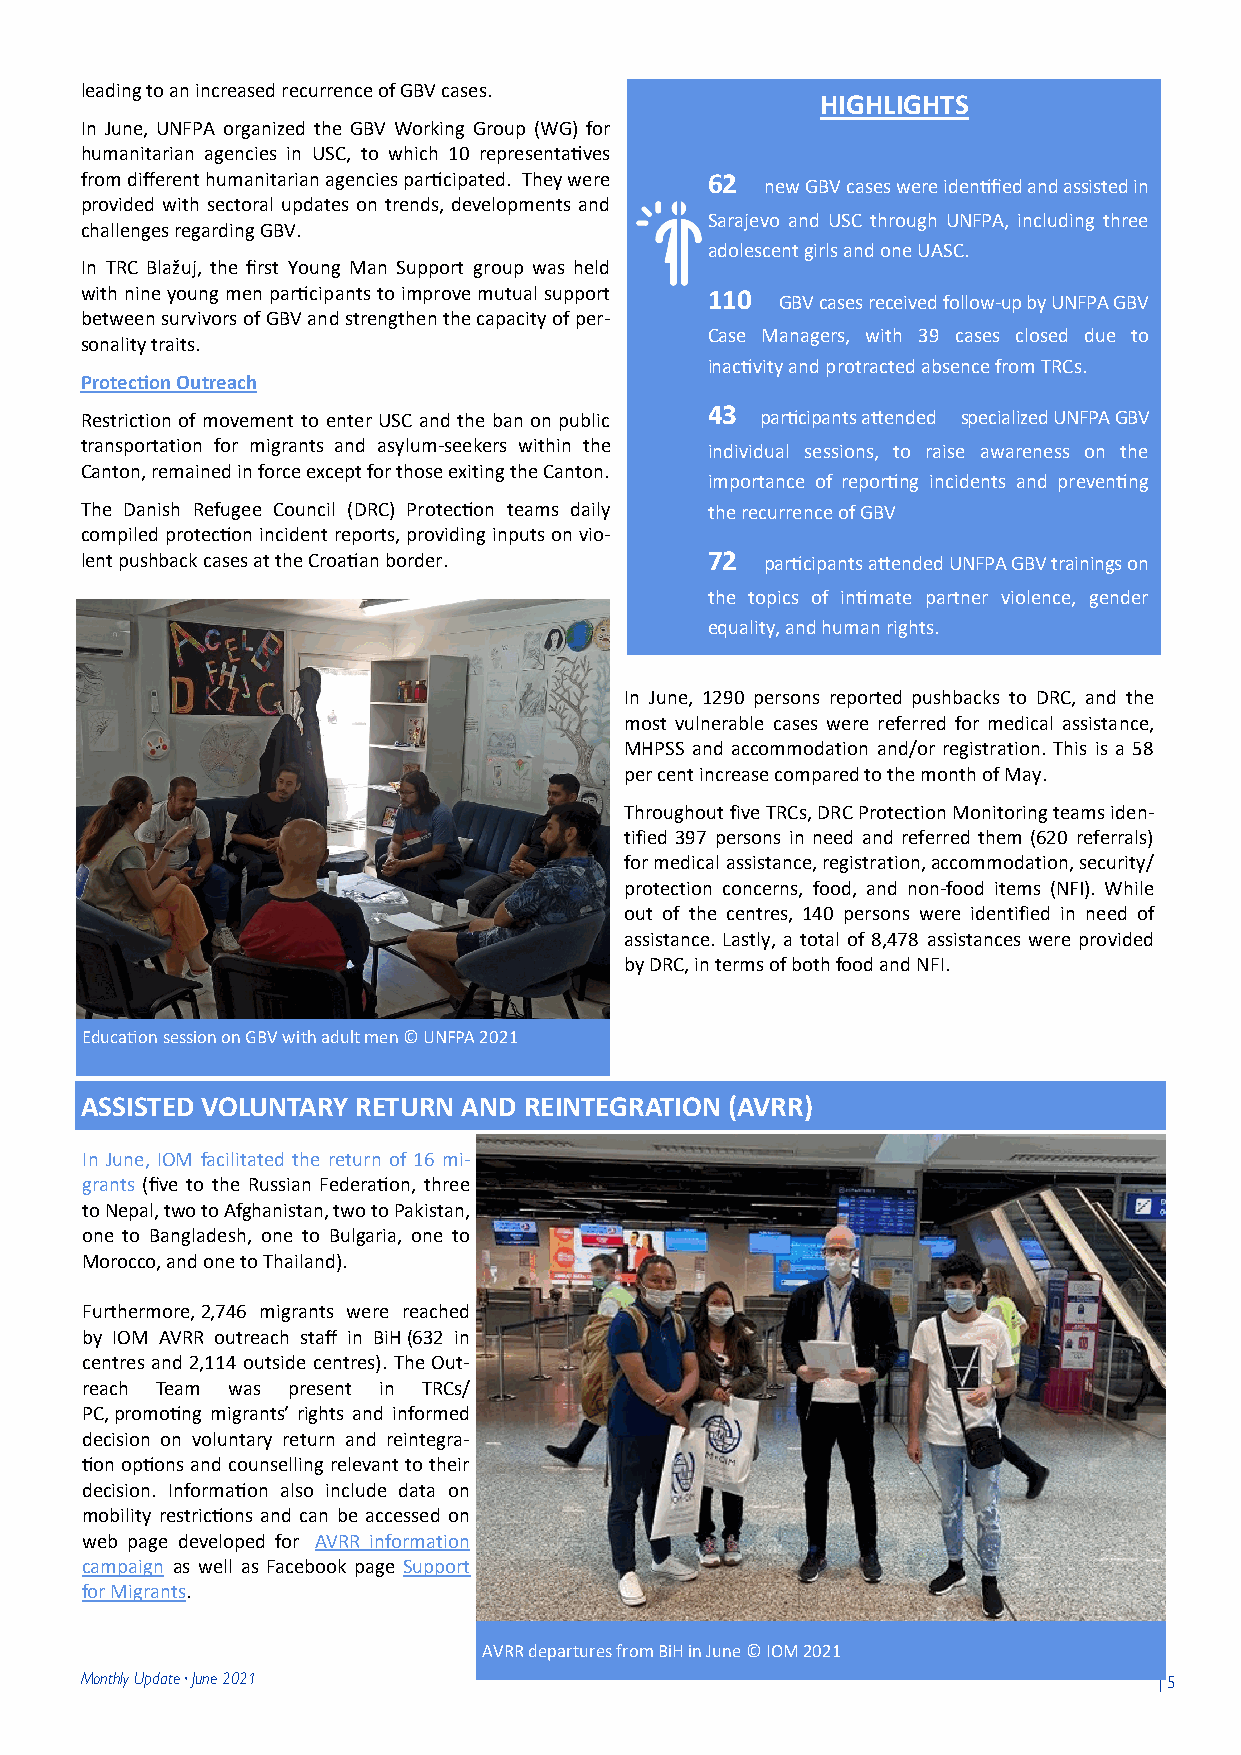
leading to an increased recurrence of GBV cases.
 HIGHLIGHTS
 In June, UNFPA organized the GBV Working Group (WG) for
 humanitarian agencies in USC, to which 10 representatives
 from different humanitarian agencies participated. They were 62
 new GBV cases were identified and assisted in
 provided with sectoral updates on trends, developments and
 Sarajevo and USC through UNFPA, including three
 challenges regarding GBV.
 adolescent girls and one UASC.
 In TRC Blažuj, the first Young Man Support group was held
 with nine young men participants to improve mutual support 110
 GBV cases received follow-up by UNFPA GBV
 between survivors of GBV and strengthen the capacity of per-
 Case Managers, with 39 cases closed due to
 sonality traits.
 inactivity and protracted absence from TRCs.
 Protection Outreach
 43
 Restriction of movement to enter USC and the ban on public participants attended specialized UNFPA GBV
 transportation for migrants and asylum-seekers within the individual sessions, to raise awareness on the
 Canton, remained in force except for those exiting the Canton.
 importance of reporting incidents and preventing
 The Danish Refugee Council (DRC) Protection teams daily the recurrence of GBV
 compiled protection incident reports, providing inputs on vio-
 lent pushback cases at the Croatian border. 72 participants attended UNFPA GBV trainings on
 the topics of intimate partner violence, gender
 equality, and human rights.
 In June, 1290 persons reported pushbacks to DRC, and the
 most vulnerable cases were referred for medical assistance,
 MHPSS and accommodation and/or registration. This is a 58
 per cent increase compared to the month of May.
 Throughout five TRCs, DRC Protection Monitoring teams iden-
 tified 397 persons in need and referred them (620 referrals)
 for medical assistance, registration, accommodation, security/
 protection concerns, food, and non-food items (NFI). While
 out of the centres, 140 persons were identified in need of
 assistance. Lastly, a total of 8,478 assistances were provided
 by DRC, in terms of both food and NFI.
 Education session on GBV with adult men © UNFPA 2021
 ASSISTED VOLUNTARY RETURN AND REINTEGRATION (AVRR)
 In June, IOM facilitated the return of 16 mi-
 grants (five to the Russian Federation, three
 to Nepal, two to Afghanistan, two to Pakistan,
 one to Bangladesh, one to Bulgaria, one to
 Morocco, and one to Thailand).                              16
 Departures
 in January
 Furthermore, 2,746 migrants were reached
 by IOM AVRR outreach staff in BiH (632 in
 centres and 2,114 outside centres). The Out-
 2,746
 reach Team was present in TRCs/
 PC, promoting migrants’ rights and informed                 People reached with
 decision on voluntary return and reintegra-                 information on
 tion options and counselling relevant to their              AVRR (in the
 decision. Information also include data on
 centres and
 mobility restrictions and can be accessed on
 outreach)
 web page developed for AVRR information
 campaign as well as Facebook page Support
 for Migrants.
 AVRR departures from BiH in June © IOM 2021
 Monthly Update · June 2021                                              | 5